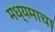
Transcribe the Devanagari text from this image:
मध्यमाचा